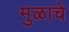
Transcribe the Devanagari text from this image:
मुळाचे